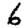
Digit: 6